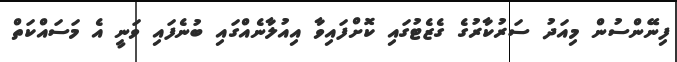
ފިނޭންސުން މިއަދު ސަރުކާރުގެ ގެޒެޓުގައި ކޮށްފައިވާ އިއުލާނެއްގައި ބުނެފައި ވަނީ އެ މަސައްކަތް